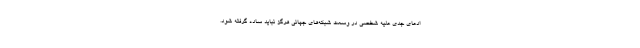
ادعای جدی علیه شخصی در وسعت شبکه‌های جهانی هرگز نباید ساده گرفته شود.